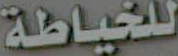
للخياطة